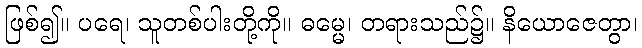
ဖြစ်၍။ ပရေ၊ သူတစ်ပါးတို့ကို။ ဓမ္မေ၊ တရားသည်၌။ နိယောဇေတွာ၊